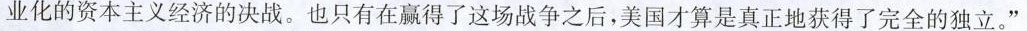
工业化的资本主义经济的决战。也只有在赢得了这场战争之后，美国才算是真正地获得了完全的独立。”